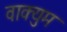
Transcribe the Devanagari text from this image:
वाक्युम